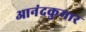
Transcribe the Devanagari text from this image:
आनंदकुमार